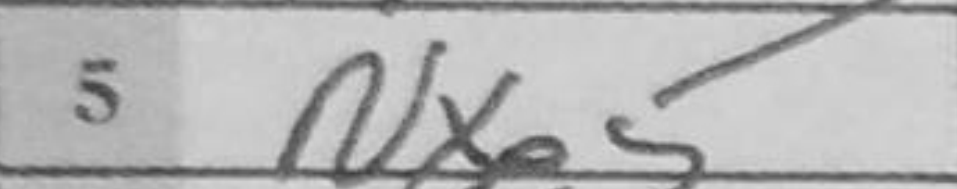
Transcription: Nxe5